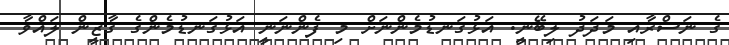
ގެ ނަސްރާއި މަދަދު ލިބޭނީ. އަޅުގަނޑުމެންނަށް މި ފެންނަނީ އަޅުގަނޑުމެންގެ ގާޒީން ލައްވާ